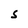
Character: S